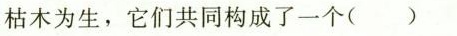
枯木为生，它们共同构成了一个()